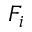
F _ { i }